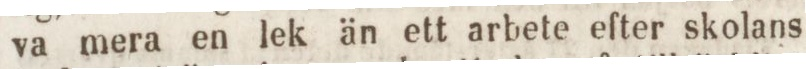
va mera en lek än ett arbete efter skolans